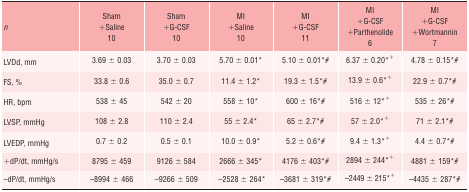
<table><thead><tr><td><b><i>n</i></b></td><td><b>Sham + Saline 10</b></td><td><b>Sham + G-CSF 10</b></td><td><b>MI + Saline 10</b></td><td><b>MI + G-CSF 11</b></td><td><b>MI + G-CSF + Parthenolide 6</b></td><td><b>MI + G-CSF + Wortmannin 7</b></td></tr></thead><tbody><tr><td>LVDd, mm</td><td>3.69 ± 0.03</td><td>3.70 ± 0.03</td><td>5.70 ± 0.01*</td><td>5.10 ± 0.01*#</td><td>6.37 ± 0.20*<sup>+</sup></td><td>4.78 ± 0.15*#</td></tr><tr><td>FS, %</td><td>33.8 ± 0.6</td><td>35.0 ± 0.7</td><td>11.4 ± 1.2*</td><td>19.3 ± 1.5*#</td><td>13.9 ± 0.6*+</td><td>22.9 ± 0.7*#</td></tr><tr><td>HR, bpm</td><td>538 ± 45</td><td>542 ± 20</td><td>558 ± 10*</td><td>600 ± 16*#</td><td>516 ± 12*<sup>+</sup></td><td>535 ± 26*#</td></tr><tr><td>LVSP, mmHg</td><td>108 ± 2.8</td><td>110 ± 2.4</td><td>55 ± 2.4*</td><td>65 ± 2.7*#</td><td>57 ± 2.0*<sup>+</sup></td><td>71 ± 2.1*#</td></tr><tr><td>LVEDP, mmHg</td><td>0.7 ± 0.2</td><td>0.5 ± 0.1</td><td>10.0 ± 0.9*</td><td>5.2 ± 0.6*#</td><td>9.4 ± 1.3*+</td><td>4.4 ± 0.7*#</td></tr><tr><td>+dP/dt, mmHg/s</td><td>8795 ± 459</td><td>9126 ± 584</td><td>2666 ± 345*</td><td>4176 ± 403*#</td><td>2894 ± 244*<sup>+</sup></td><td>4881 ± 159*#</td></tr><tr><td>−dP/dt, mmHg/s</td><td>−8994 ± 466</td><td>−9266 ± 509</td><td>−2528 ± 264*</td><td>−3681 ± 319*#</td><td>−2449 ± 215*+</td><td>−4435 ± 287*#</td></tr></tbody></table>